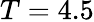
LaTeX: T=4.5